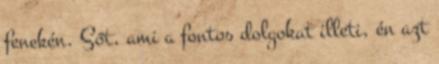
fenekén. Sőt, ami a fontos dolgokat illeti, én azt